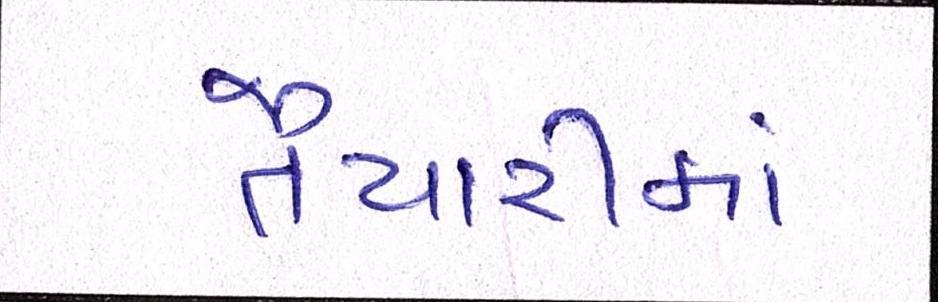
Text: તૈયારીમાં